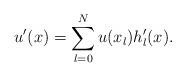
LaTeX: \begin{align*}u'(x)=\sum_{l=0}^N u(x_l) h_l'(x).\end{align*}